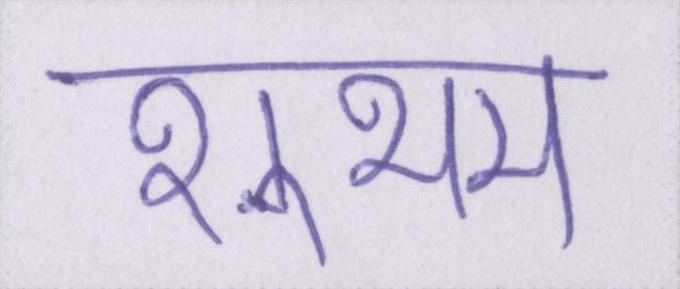
शुभम